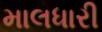
માલધારી